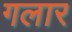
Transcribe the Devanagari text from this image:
गलार